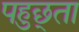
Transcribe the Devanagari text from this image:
पहुछ्ता